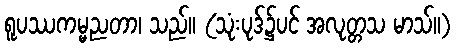
ရူပဿကမ္မညတာ၊ သည်။ (သုံးပုဒ်၌ပင် အလုတ္တသ မာသ်။)